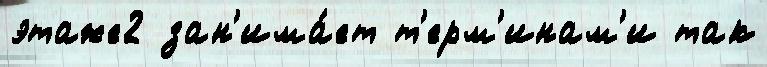
этаже2 зан'има́ет т'ерм'инам'и так